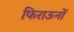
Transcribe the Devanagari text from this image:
फिराऊनों